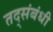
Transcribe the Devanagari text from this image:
तद्संबंधी